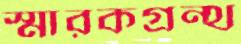
স্মারকগ্রন্থ